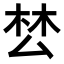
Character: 𭆟